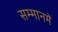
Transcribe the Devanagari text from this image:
सम्मानमें